Vaccine operations Central Provinces & Berar 1922-1929 - 1922-1929
Year: 1922
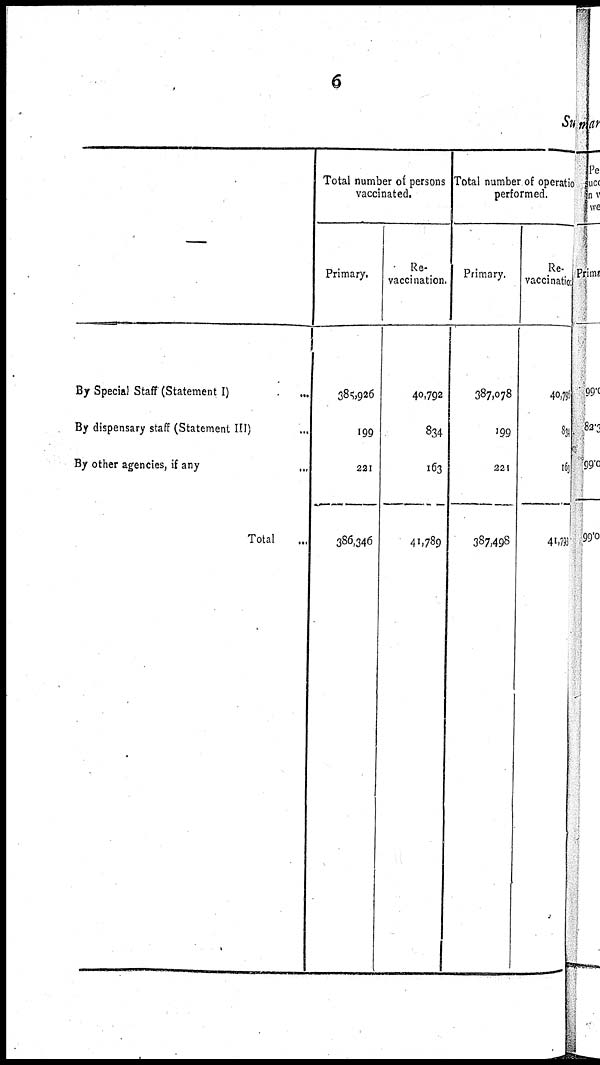
6
Su
—
By Special Staff (Statement I) ...
By dispensary staff (Statement III) ...
By other agencies, if any
...
Total ...
Total number of persons
vaccinated.
Primary.
385,926
199
221
386,346
Re-
vaccination.
40,792
834
163
41,789
Total number of operatio
performed.
Primary.
387,078
199
221
387,498
Re-
vaccination
40,795
834
163
41,793